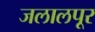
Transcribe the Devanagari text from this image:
जलालपूर